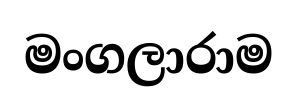
මංගලාරාම